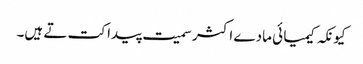
کیونکہ کیمیا ئی مادے اکثر سمیت پیدا کت تے ہیں۔